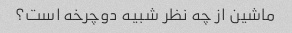
ماشین از چه نظر شبیه دوچرخه است؟